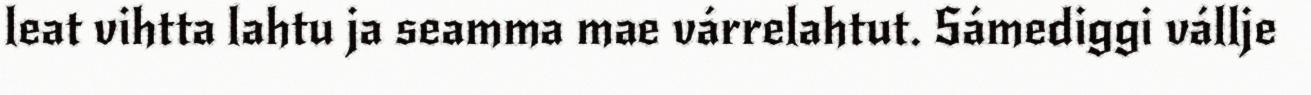
leat vihtta lahtu ja seamma mae várrelahtut. Sámediggi vállje